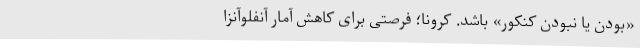
«بودن یا نبودن کنکور» باشد. کرونا؛ فرصتی برای کاهش آمار آنفلوآنزا